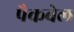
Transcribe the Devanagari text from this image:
पैकबेल